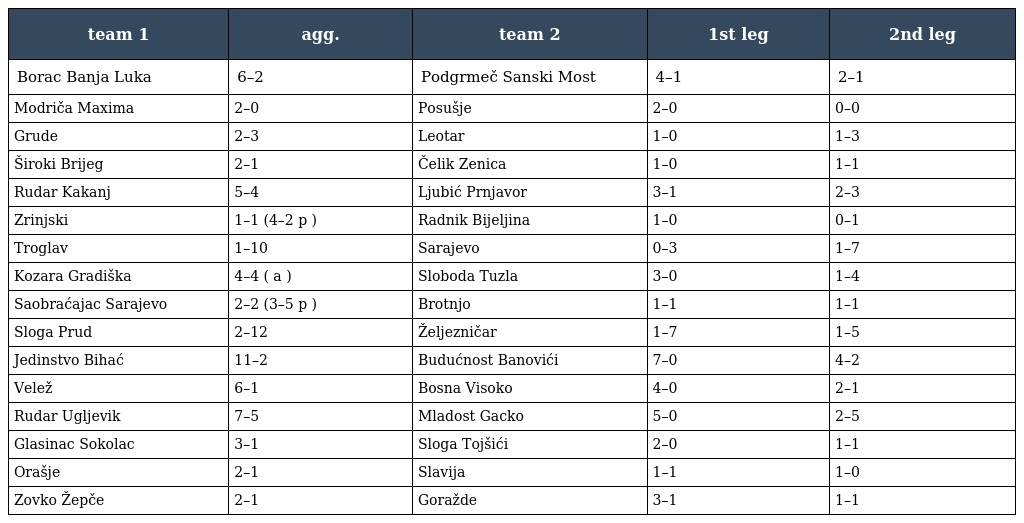
| team 1 | agg. | team 2 | 1st leg | 2nd leg |
 | --- | --- | --- | --- | --- |
 | Borac Banja Luka | 6–2 | Podgrmeč Sanski Most | 4–1 | 2–1 |
 | Modriča Maxima | 2–0 | Posušje | 2–0 | 0–0 |
 | Grude | 2–3 | Leotar | 1–0 | 1–3 |
 | Široki Brijeg | 2–1 | Čelik Zenica | 1–0 | 1–1 |
 | Rudar Kakanj | 5–4 | Ljubić Prnjavor | 3–1 | 2–3 |
 | Zrinjski | 1–1 (4–2 p ) | Radnik Bijeljina | 1–0 | 0–1 |
 | Troglav | 1–10 | Sarajevo | 0–3 | 1–7 |
 | Kozara Gradiška | 4–4 ( a ) | Sloboda Tuzla | 3–0 | 1–4 |
 | Saobraćajac Sarajevo | 2–2 (3–5 p ) | Brotnjo | 1–1 | 1–1 |
 | Sloga Prud | 2–12 | Željezničar | 1–7 | 1–5 |
 | Jedinstvo Bihać | 11–2 | Budućnost Banovići | 7–0 | 4–2 |
 | Velež | 6–1 | Bosna Visoko | 4–0 | 2–1 |
 | Rudar Ugljevik | 7–5 | Mladost Gacko | 5–0 | 2–5 |
 | Glasinac Sokolac | 3–1 | Sloga Tojšići | 2–0 | 1–1 |
 | Orašje | 2–1 | Slavija | 1–1 | 1–0 |
 | Zovko Žepče | 2–1 | Goražde | 3–1 | 1–1 |